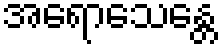
အရောသေန္တေ